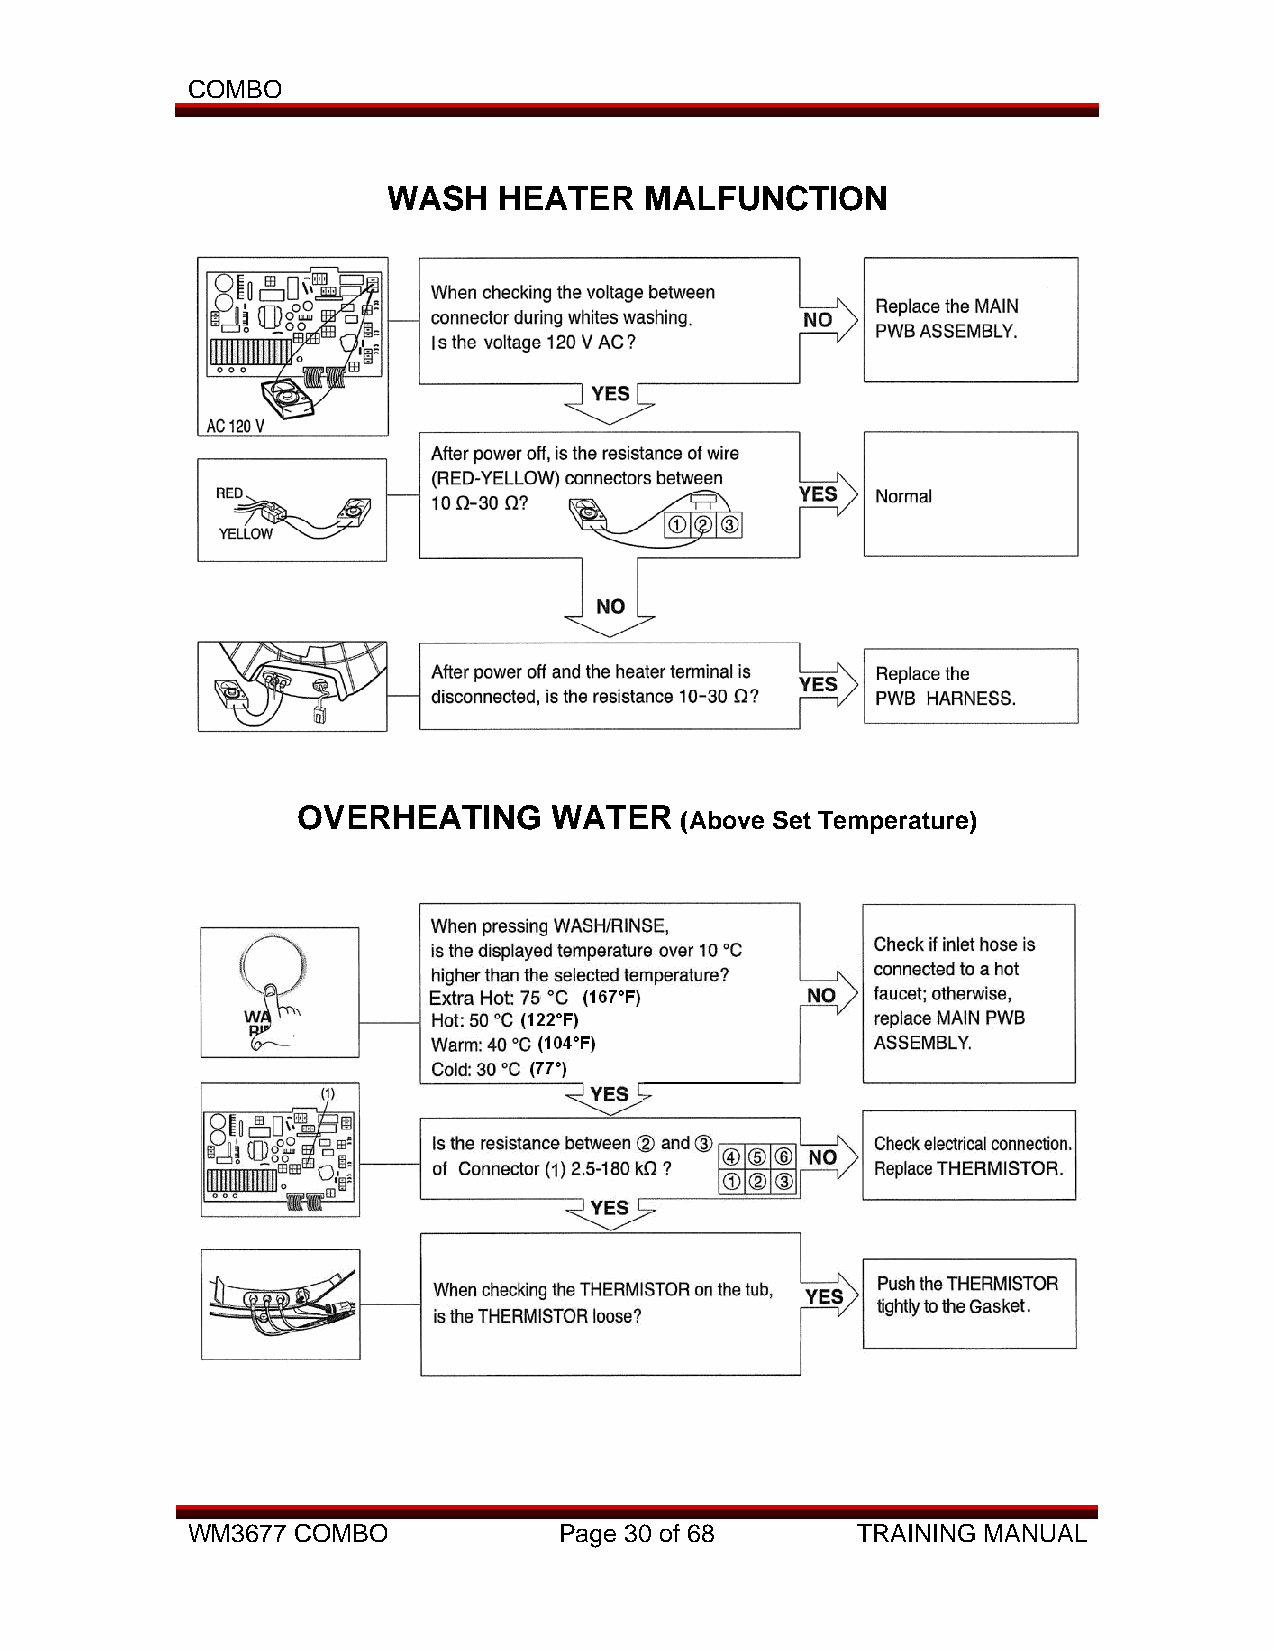
COMBO
 WASH   HEATER    MALFUNCTION
 OVERHEATING     WATER
 (Above Set Temperature)
 WM3677 COMBO             Page 30 of 68       TRAINING MANUAL